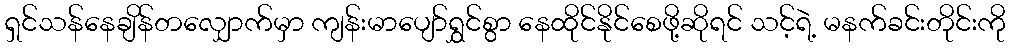
ရှင်သန်နေချိန်တလျှောက်မှာ ကျန်းမာပျော်ရွှင်စွာ နေထိုင်နိုင်စေဖို့ဆိုရင် သင့်ရဲ့ မနက်ခင်းတိုင်းကို